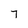
Character: 7